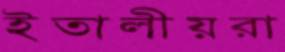
ইতালীয়রা